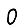
Digit: 0